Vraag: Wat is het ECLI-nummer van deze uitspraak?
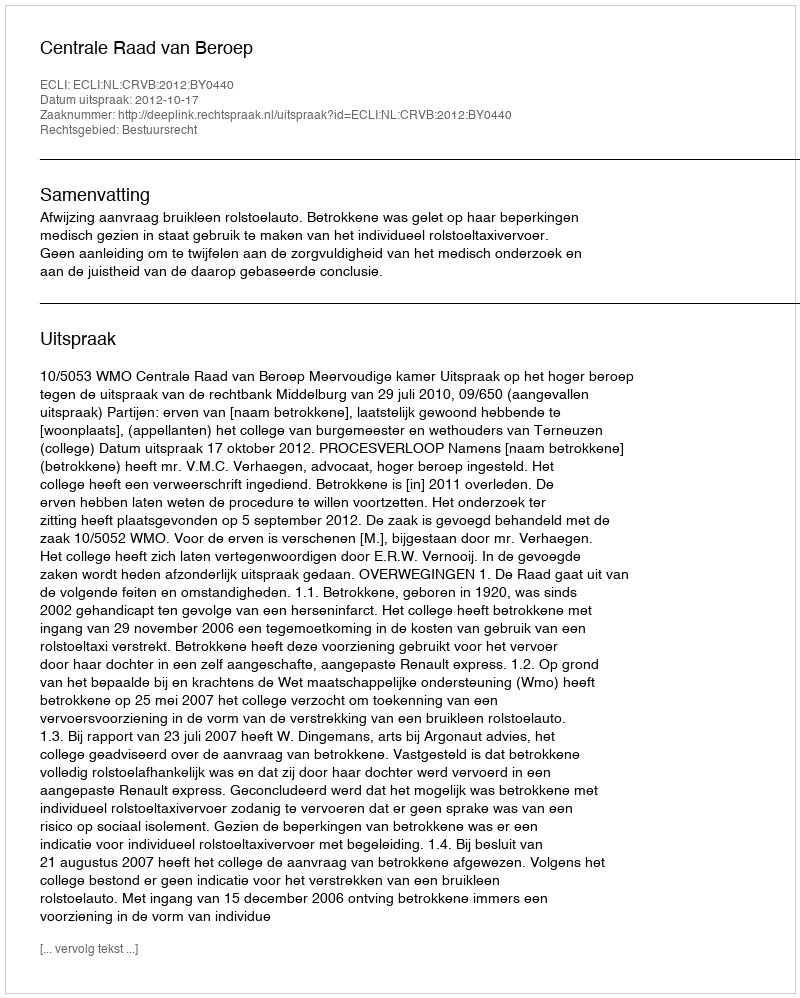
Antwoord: ECLI:NL:CRVB:2012:BY0440